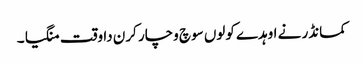
کمانڈر نے اوہدے کولوں سوچ وچار کرن دا وقت منگیا ۔